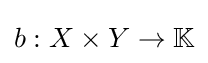
b:X\times Y\to \mathbb {K}